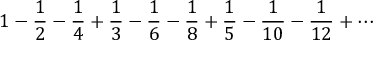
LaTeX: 1 - { \frac { 1 } { 2 } } - { \frac { 1 } { 4 } } + { \frac { 1 } { 3 } } - { \frac { 1 } { 6 } } - { \frac { 1 } { 8 } } + { \frac { 1 } { 5 } } - { \frac { 1 } { 1 0 } } - { \frac { 1 } { 1 2 } } + \cdots